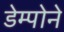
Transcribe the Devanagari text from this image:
डेम्पोने